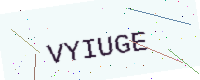
Text: VYIUGE